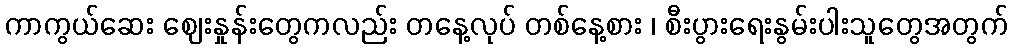
ကာကွယ်ဆေး ဈေးနှုန်းတွေကလည်း တနေ့လုပ် တစ်နေ့စား ၊ စီးပွားရေးနွမ်းပါးသူတွေအတွက်